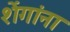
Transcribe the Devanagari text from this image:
शेंगांना